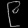
Digit: ၉